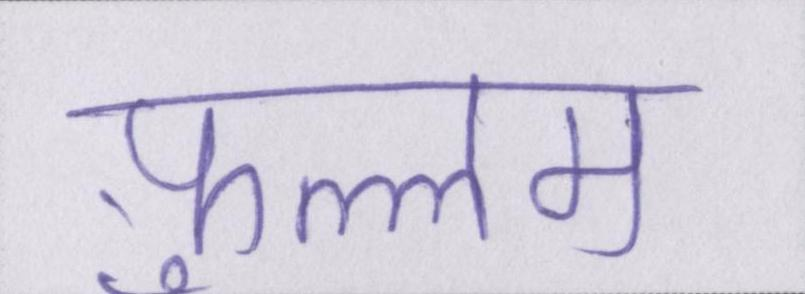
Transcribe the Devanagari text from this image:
फ़ुल्लम